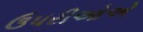
ઉપરીઓએ